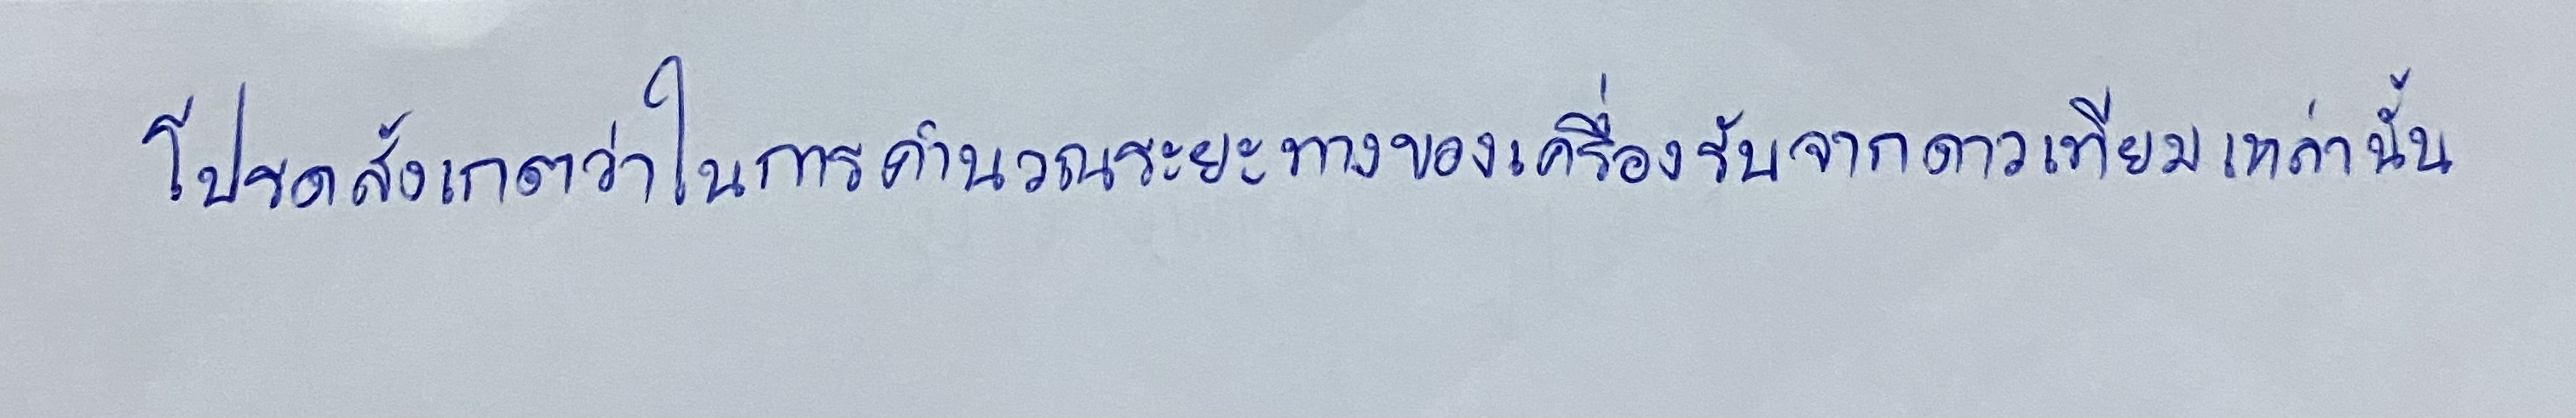
โปรดสังเกตว่าในการคำนวณระยะทางของเครื่องรับจากดาวเทียมเหล่านั้น